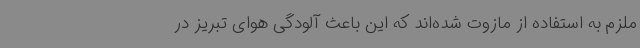
ملزم به استفاده از مازوت شده‌اند که این باعث آلودگی هوای تبریز در